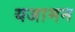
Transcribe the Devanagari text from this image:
यजामन